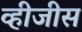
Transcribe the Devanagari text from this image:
व्हीजीस